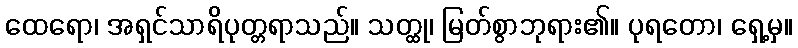
ထေရော၊ အရှင်သာရိပုတ္တရာသည်။ သတ္ထု၊ မြတ်စွာဘုရား၏။ ပုရတော၊ ရှေ့မှ။